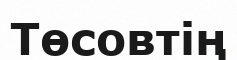
Төсовтің